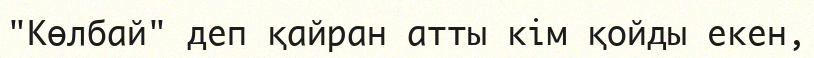
"Көлбай" деп қайран атты кім қойды екен,